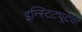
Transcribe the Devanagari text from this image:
इन्स्टिट्यूटची